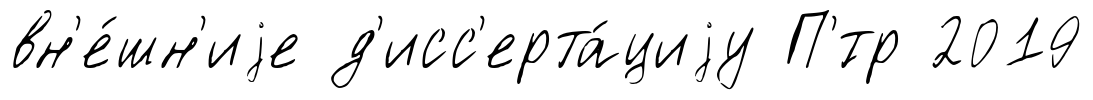
вн'е́шн'иjе д'исс'ерта́циjу П'́тр 2019